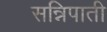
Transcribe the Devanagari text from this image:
सन्निपाती